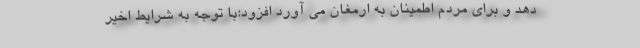
دهد و برای مردم اطمینان به ارمغان می آورد افزود:با توجه به شرایط اخیر